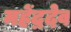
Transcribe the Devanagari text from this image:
महेंद्रदेव